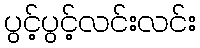
ပွင့်ပွင့်လင်းလင်း